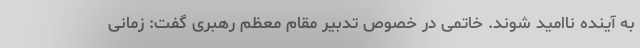
به آینده ناامید شوند. خاتمی در خصوص تدبیر مقام معظم رهبری گفت: زمانی